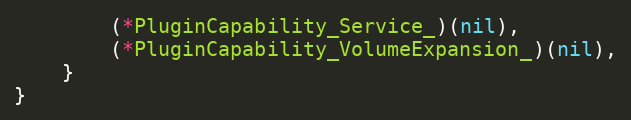
Language: Go
		(*PluginCapability_Service_)(nil),
		(*PluginCapability_VolumeExpansion_)(nil),
	}
}